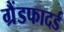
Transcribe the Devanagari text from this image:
ग्रैंडफादर्ड